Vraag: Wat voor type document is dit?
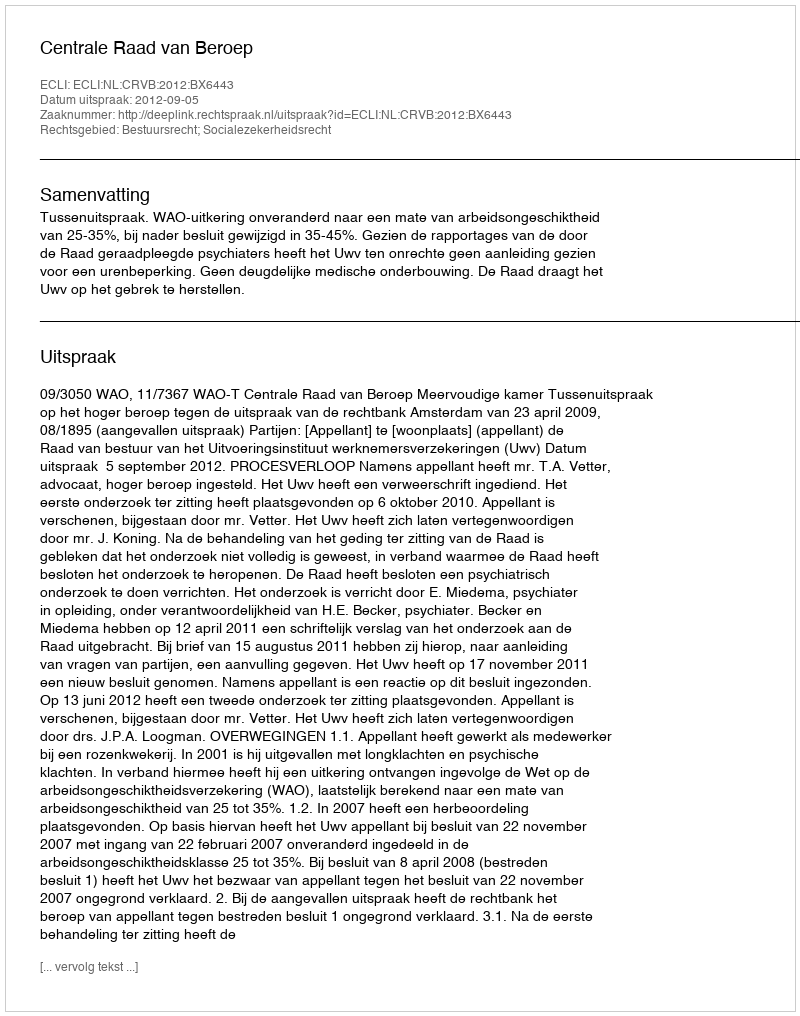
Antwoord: Uitspraak